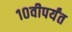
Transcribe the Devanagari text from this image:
१०वीपर्यंत